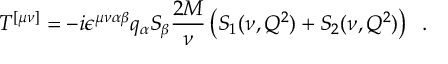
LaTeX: T ^ { [ \mu \nu ] } = - i \epsilon ^ { \mu \nu \alpha \beta } q _ { \alpha } S _ { \beta } { \frac { 2 M } { \nu } } \left( S _ { 1 } ( \nu , Q ^ { 2 } ) + S _ { 2 } ( \nu , Q ^ { 2 } ) \right) \; \; .